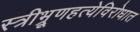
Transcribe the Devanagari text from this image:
स्त्रीभ्रूणहत्येविरोधात